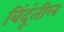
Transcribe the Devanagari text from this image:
बिंदूंतील